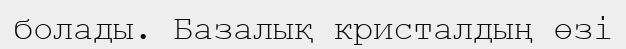
болады. Базалық кристалдың өзі